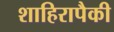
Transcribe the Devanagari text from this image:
शाहिरापैकी